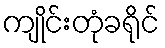
ကျိုင်းတုံခရိုင်